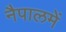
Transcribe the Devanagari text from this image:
नैपालमें